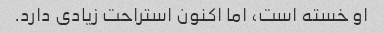
او خسته است، اما اکنون استراحت زیادی دارد.